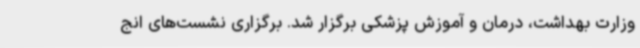
وزارت بهداشت، درمان و آموزش پزشکی برگزار شد. برگزاری نشست‌های انج